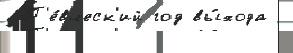
 П'е́вческ'ий год вы́хода